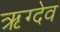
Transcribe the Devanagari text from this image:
ऋग्देव